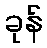
ခုန်